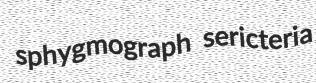
sphygmograph sericteria